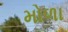
મોળા